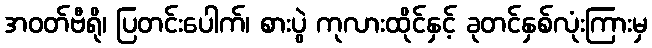
အဝတ်ဗီရို၊ ပြတင်းပေါက်၊ စားပွဲ ကုလားထိုင်နှင့် ခုတင်နှစ်လုံးကြားမှ